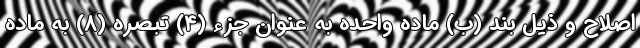
اصلاح و ذیل بند (ب) ماده واحده به عنوان جزء (۴) تبصره (۸) به ماده